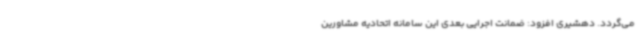
می‌گردد. دهشیری افزود: ضمانت اجرایی بعدی این سامانه اتحادیه مشاورین